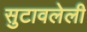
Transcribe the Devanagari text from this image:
सुटावलेली